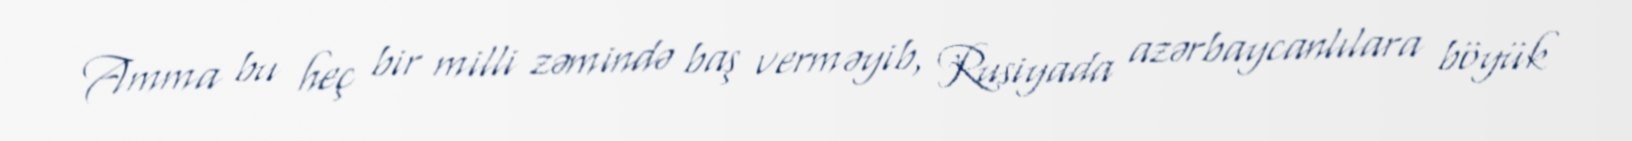
Amma bu heç bir milli zəmində baş verməyib, Rusiyada azərbaycanlılara böyük